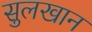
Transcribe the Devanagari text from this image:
सुलखान